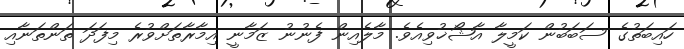
ހައިބަތުގެ ސަބަބުން ކަމީލާ އާޝޯޚުވިއެވެ. މާލެއިން ފެނުނު ޒަމާނީ އިމާރާތަށްވުރެ މިފަދަ ތަންތަނާއި